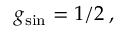
g _ { \mathrm { s i n } } = 1 / 2 \: ,